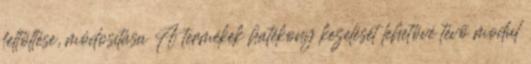
feltöltése, módosítása A termékek hatékony kezelését lehetõvé tévõ modul